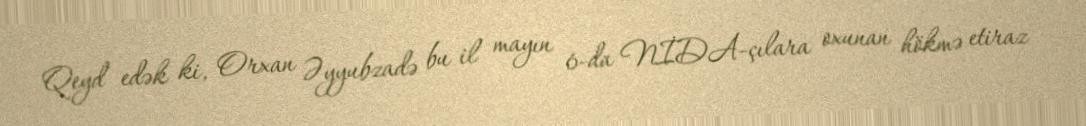
Qeyd edək ki, Orxan Əyyubzadə bu il mayın 6-da NİDA-çılara oxunan hökmə etiraz